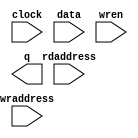
// megafunction wizard: %RAM: 2-PORT%VBB%
// GENERATION: STANDARD
// VERSION: WM1.0
// MODULE: altsyncram 

// ============================================================
// Megafunction Name(s):
// 			altsyncram
//
// Simulation Library Files(s):
// 			altera_mf
// ============================================================
// ************************************************************
// THIS IS A WIZARD-GENERATED FILE. DO NOT EDIT THIS FILE!
//
// 17.1.0 Build 590 10/25/2017 SJ Standard Edition
// ************************************************************

//Copyright (C) 2017  Intel Corporation. All rights reserved.
//Your use of Intel Corporation's design tools, logic functions 
//and other software and tools, and its AMPP partner logic 
//functions, and any output files from any of the foregoing 
//(including device programming or simulation files), and any 
//associated documentation or information are expressly subject 
//to the terms and conditions of the Intel Program License 
//Subscription Agreement, the Intel Quartus Prime License Agreement,
//the Intel FPGA IP License Agreement, or other applicable license
//agreement, including, without limitation, that your use is for
//the sole purpose of programming logic devices manufactured by
//Intel and sold by Intel or its authorized distributors.  Please
//refer to the applicable agreement for further details.

module ram2048be (
	clock,
	data,
	rdaddress,
	wraddress,
	wren,
	q);

	input	  clock;
	input	[35:0]  data;
	input	[8:0]  rdaddress;
	input	[8:0]  wraddress;
	input	  wren;
	output	[35:0]  q;
`ifndef ALTERA_RESERVED_QIS
// synopsys translate_off
`endif
	tri1	  clock;
	tri0	  wren;
`ifndef ALTERA_RESERVED_QIS
// synopsys translate_on
`endif

endmodule

// ============================================================
// CNX file retrieval info
// ============================================================
// Retrieval info: PRIVATE: ADDRESSSTALL_A NUMERIC "0"
// Retrieval info: PRIVATE: ADDRESSSTALL_B NUMERIC "0"
// Retrieval info: PRIVATE: BYTEENA_ACLR_A NUMERIC "0"
// Retrieval info: PRIVATE: BYTEENA_ACLR_B NUMERIC "0"
// Retrieval info: PRIVATE: BYTE_ENABLE_A NUMERIC "0"
// Retrieval info: PRIVATE: BYTE_ENABLE_B NUMERIC "0"
// Retrieval info: PRIVATE: BYTE_SIZE NUMERIC "9"
// Retrieval info: PRIVATE: BlankMemory NUMERIC "1"
// Retrieval info: PRIVATE: CLOCK_ENABLE_INPUT_A NUMERIC "0"
// Retrieval info: PRIVATE: CLOCK_ENABLE_INPUT_B NUMERIC "0"
// Retrieval info: PRIVATE: CLOCK_ENABLE_OUTPUT_A NUMERIC "0"
// Retrieval info: PRIVATE: CLOCK_ENABLE_OUTPUT_B NUMERIC "0"
// Retrieval info: PRIVATE: CLRdata NUMERIC "0"
// Retrieval info: PRIVATE: CLRq NUMERIC "0"
// Retrieval info: PRIVATE: CLRrdaddress NUMERIC "0"
// Retrieval info: PRIVATE: CLRrren NUMERIC "0"
// Retrieval info: PRIVATE: CLRwraddress NUMERIC "0"
// Retrieval info: PRIVATE: CLRwren NUMERIC "0"
// Retrieval info: PRIVATE: Clock NUMERIC "0"
// Retrieval info: PRIVATE: Clock_A NUMERIC "0"
// Retrieval info: PRIVATE: Clock_B NUMERIC "0"
// Retrieval info: PRIVATE: IMPLEMENT_IN_LES NUMERIC "0"
// Retrieval info: PRIVATE: INDATA_ACLR_B NUMERIC "0"
// Retrieval info: PRIVATE: INDATA_REG_B NUMERIC "0"
// Retrieval info: PRIVATE: INIT_FILE_LAYOUT STRING "PORT_B"
// Retrieval info: PRIVATE: INIT_TO_SIM_X NUMERIC "0"
// Retrieval info: PRIVATE: INTENDED_DEVICE_FAMILY STRING "Cyclone 10 LP"
// Retrieval info: PRIVATE: JTAG_ENABLED NUMERIC "0"
// Retrieval info: PRIVATE: JTAG_ID STRING "NONE"
// Retrieval info: PRIVATE: MAXIMUM_DEPTH NUMERIC "0"
// Retrieval info: PRIVATE: MEMSIZE NUMERIC "18432"
// Retrieval info: PRIVATE: MEM_IN_BITS NUMERIC "0"
// Retrieval info: PRIVATE: MIFfilename STRING ""
// Retrieval info: PRIVATE: OPERATION_MODE NUMERIC "2"
// Retrieval info: PRIVATE: OUTDATA_ACLR_B NUMERIC "0"
// Retrieval info: PRIVATE: OUTDATA_REG_B NUMERIC "0"
// Retrieval info: PRIVATE: RAM_BLOCK_TYPE NUMERIC "2"
// Retrieval info: PRIVATE: READ_DURING_WRITE_MODE_MIXED_PORTS NUMERIC "2"
// Retrieval info: PRIVATE: READ_DURING_WRITE_MODE_PORT_A NUMERIC "3"
// Retrieval info: PRIVATE: READ_DURING_WRITE_MODE_PORT_B NUMERIC "3"
// Retrieval info: PRIVATE: REGdata NUMERIC "1"
// Retrieval info: PRIVATE: REGq NUMERIC "1"
// Retrieval info: PRIVATE: REGrdaddress NUMERIC "1"
// Retrieval info: PRIVATE: REGrren NUMERIC "1"
// Retrieval info: PRIVATE: REGwraddress NUMERIC "1"
// Retrieval info: PRIVATE: REGwren NUMERIC "1"
// Retrieval info: PRIVATE: SYNTH_WRAPPER_GEN_POSTFIX STRING "0"
// Retrieval info: PRIVATE: USE_DIFF_CLKEN NUMERIC "0"
// Retrieval info: PRIVATE: UseDPRAM NUMERIC "1"
// Retrieval info: PRIVATE: VarWidth NUMERIC "0"
// Retrieval info: PRIVATE: WIDTH_READ_A NUMERIC "36"
// Retrieval info: PRIVATE: WIDTH_READ_B NUMERIC "36"
// Retrieval info: PRIVATE: WIDTH_WRITE_A NUMERIC "36"
// Retrieval info: PRIVATE: WIDTH_WRITE_B NUMERIC "36"
// Retrieval info: PRIVATE: WRADDR_ACLR_B NUMERIC "0"
// Retrieval info: PRIVATE: WRADDR_REG_B NUMERIC "0"
// Retrieval info: PRIVATE: WRCTRL_ACLR_B NUMERIC "0"
// Retrieval info: PRIVATE: enable NUMERIC "0"
// Retrieval info: PRIVATE: rden NUMERIC "0"
// Retrieval info: LIBRARY: altera_mf altera_mf.altera_mf_components.all
// Retrieval info: CONSTANT: ADDRESS_ACLR_B STRING "NONE"
// Retrieval info: CONSTANT: ADDRESS_REG_B STRING "CLOCK0"
// Retrieval info: CONSTANT: CLOCK_ENABLE_INPUT_A STRING "BYPASS"
// Retrieval info: CONSTANT: CLOCK_ENABLE_INPUT_B STRING "BYPASS"
// Retrieval info: CONSTANT: CLOCK_ENABLE_OUTPUT_B STRING "BYPASS"
// Retrieval info: CONSTANT: INTENDED_DEVICE_FAMILY STRING "Cyclone 10 LP"
// Retrieval info: CONSTANT: LPM_TYPE STRING "altsyncram"
// Retrieval info: CONSTANT: NUMWORDS_A NUMERIC "512"
// Retrieval info: CONSTANT: NUMWORDS_B NUMERIC "512"
// Retrieval info: CONSTANT: OPERATION_MODE STRING "DUAL_PORT"
// Retrieval info: CONSTANT: OUTDATA_ACLR_B STRING "NONE"
// Retrieval info: CONSTANT: OUTDATA_REG_B STRING "UNREGISTERED"
// Retrieval info: CONSTANT: POWER_UP_UNINITIALIZED STRING "FALSE"
// Retrieval info: CONSTANT: RAM_BLOCK_TYPE STRING "M9K"
// Retrieval info: CONSTANT: READ_DURING_WRITE_MODE_MIXED_PORTS STRING "DONT_CARE"
// Retrieval info: CONSTANT: WIDTHAD_A NUMERIC "9"
// Retrieval info: CONSTANT: WIDTHAD_B NUMERIC "9"
// Retrieval info: CONSTANT: WIDTH_A NUMERIC "36"
// Retrieval info: CONSTANT: WIDTH_B NUMERIC "36"
// Retrieval info: CONSTANT: WIDTH_BYTEENA_A NUMERIC "1"
// Retrieval info: USED_PORT: clock 0 0 0 0 INPUT VCC "clock"
// Retrieval info: USED_PORT: data 0 0 36 0 INPUT NODEFVAL "data[35..0]"
// Retrieval info: USED_PORT: q 0 0 36 0 OUTPUT NODEFVAL "q[35..0]"
// Retrieval info: USED_PORT: rdaddress 0 0 9 0 INPUT NODEFVAL "rdaddress[8..0]"
// Retrieval info: USED_PORT: wraddress 0 0 9 0 INPUT NODEFVAL "wraddress[8..0]"
// Retrieval info: USED_PORT: wren 0 0 0 0 INPUT GND "wren"
// Retrieval info: CONNECT: @address_a 0 0 9 0 wraddress 0 0 9 0
// Retrieval info: CONNECT: @address_b 0 0 9 0 rdaddress 0 0 9 0
// Retrieval info: CONNECT: @clock0 0 0 0 0 clock 0 0 0 0
// Retrieval info: CONNECT: @data_a 0 0 36 0 data 0 0 36 0
// Retrieval info: CONNECT: @wren_a 0 0 0 0 wren 0 0 0 0
// Retrieval info: CONNECT: q 0 0 36 0 @q_b 0 0 36 0
// Retrieval info: GEN_FILE: TYPE_NORMAL ram2048be.v TRUE
// Retrieval info: GEN_FILE: TYPE_NORMAL ram2048be.inc FALSE
// Retrieval info: GEN_FILE: TYPE_NORMAL ram2048be.cmp FALSE
// Retrieval info: GEN_FILE: TYPE_NORMAL ram2048be.bsf FALSE
// Retrieval info: GEN_FILE: TYPE_NORMAL ram2048be_inst.v FALSE
// Retrieval info: GEN_FILE: TYPE_NORMAL ram2048be_bb.v TRUE
// Retrieval info: LIB_FILE: altera_mf